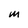
Character: M